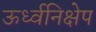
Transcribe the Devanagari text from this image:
ऊर्ध्वनिक्षेप